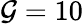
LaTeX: \mathcal{G}=10